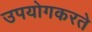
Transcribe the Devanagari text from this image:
उपयोगकरते